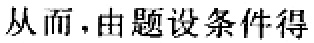
从而，由题设条件得